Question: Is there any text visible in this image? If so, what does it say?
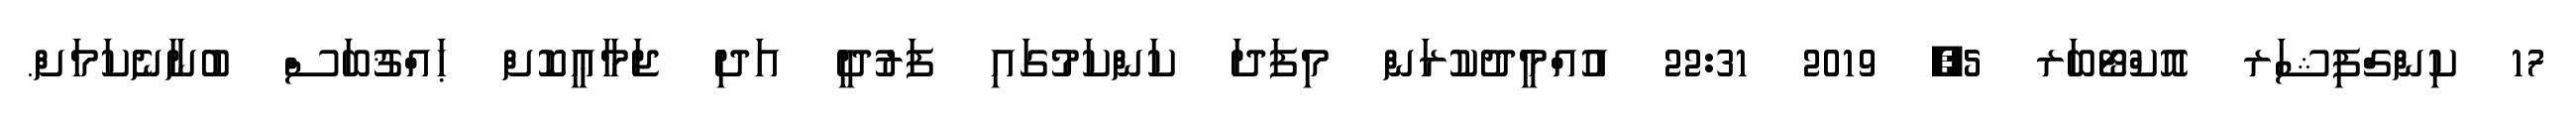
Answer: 17 ކިންގްފިޝަރ އޮކްޓޯބަރ 5, 2019 22:31 އުއްމީދުކުރަން މިފަދަ ކަންކަމުގައި ފަރުދީ އަދި ޖަމާޢީކޮށް ޙައްޤުބަސް ބުނާނެކަމަށް.